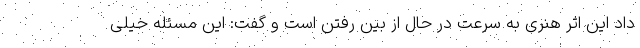
داد این اثر هنری به سرعت در حال از بین رفتن است و گفت: این مسئله خیلی